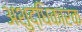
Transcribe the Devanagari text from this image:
अशुद्धिकारक